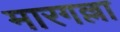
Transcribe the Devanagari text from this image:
मारगल्ला